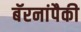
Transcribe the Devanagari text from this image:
बॅरनांपैकी